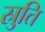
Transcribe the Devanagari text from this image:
स्रुति